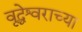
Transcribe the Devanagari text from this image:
वृद्धेश्वराच्या